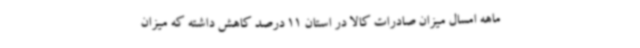
ماهه امسال میزان صادرات کالا در استان 11 درصد کاهش داشته که میزان